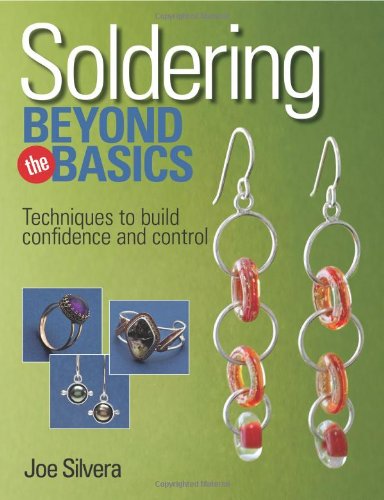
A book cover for Kalmbach Soldering Beyond the Basics: Techniques to Build Confidence and Control; Joe Silvera; Crafts, Hobbies & Home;